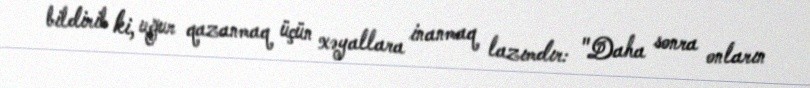
bildirib ki, uğur qazanmaq üçün xəyallara inanmaq lazımdır: "Daha sonra onların